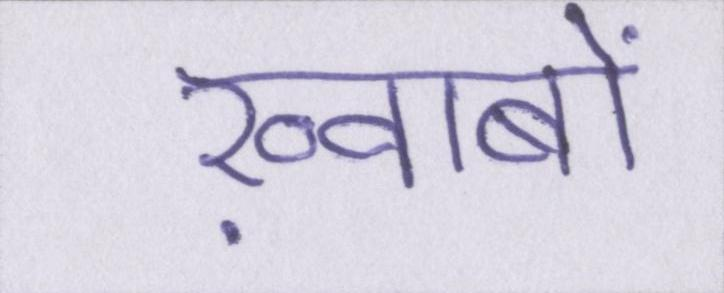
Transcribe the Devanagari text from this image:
ख़्वाबों